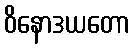
ဝိနောဒယတော